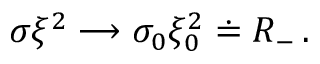
\sigma \xi ^ { 2 } \longrightarrow \sigma _ { 0 } \xi _ { 0 } ^ { 2 } \doteq R _ { - } \, .